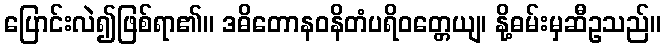
ပြောင်းလဲ၍ဖြစ်ရာ၏။ ဒဓိတောနဝနိတံပရိဝတ္တေယျ၊ နို့ဓမ်းမှဆီဥသည်။